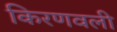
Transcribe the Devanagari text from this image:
किरणवली